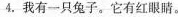
4.我有一只兔子。它有红眼睛。